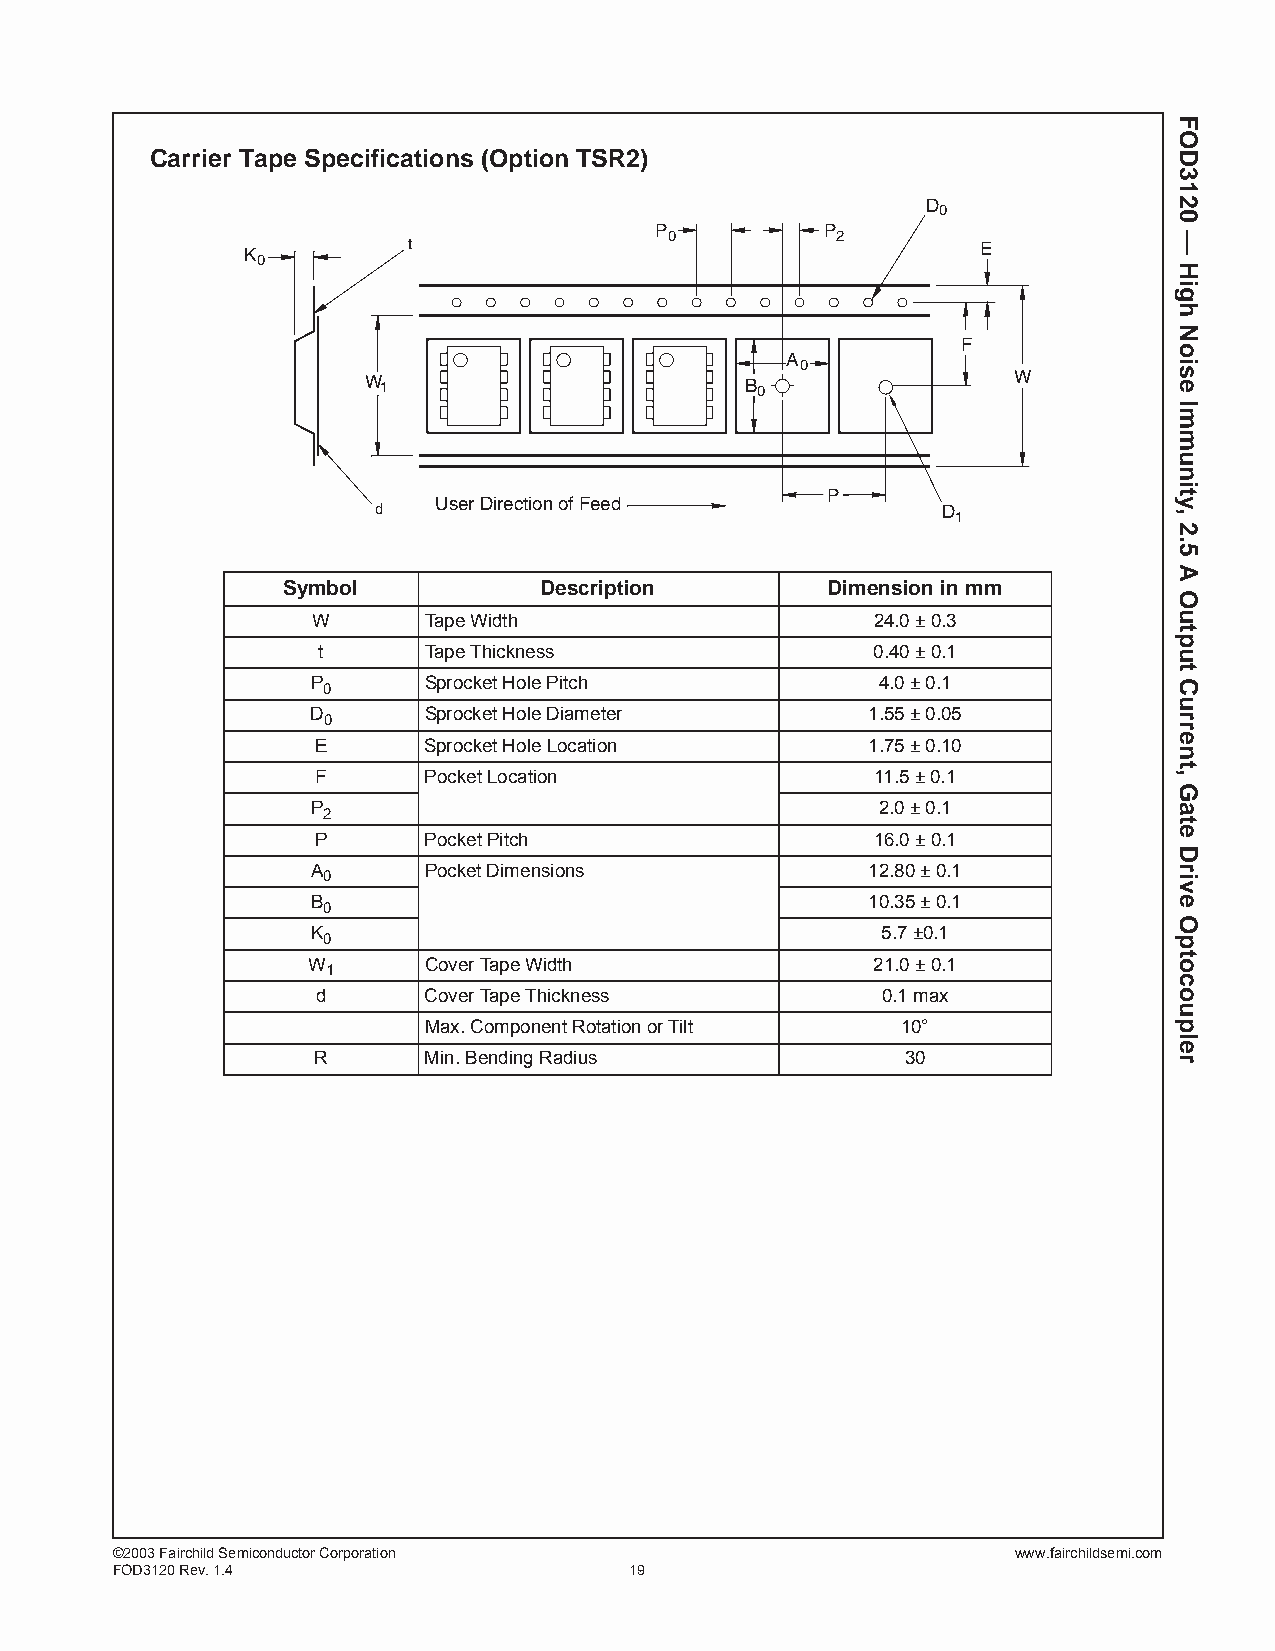
Carrier Tape Specifications (Option TSR2)
 D
 0
 P           P
 0          2
 t                                     E
 K
 0
 F
 A
 0
 W 1                      B 0               W
 P
 UserDirectionofFeed
 d                                    D
 1
 Symbol           Description        Dimension in mm
 W      Tape Width                    24.0 ± 0.3
 t      Tape Thickness                0.40 ± 0.1
 P      Sprocket Hole Pitch           4.0 ± 0.1 0
 D      Sprocket Hole Diameter       1.55 ± 0.05
 0
 E      Sprocket Hole Location       1.75 ± 0.10
 F      Pocket Location               11.5 ± 0.1
 P                                    2.0 ± 0.1
 2
 P      Pocket Pitch                  16.0 ± 0.1
 A      Pocket Dimensions            12.80 ± 0.1
 0
 B                                   10.35 ± 0.1
 0
 K                                    5.7 ±0.1
 0
 W       Cover Tape Width              21.0 ± 0.1
 1
 d      Cover Tape Thickness          0.1 max
 Max. Component Rotation or Tilt 10°
 R      Min. Bending Radius             30
 ©2003 Fairchild Semiconductor Corporation                   www.fairchildsemi.com
 FOD3120 Rev. 1.4                   19
 FOD3120
 —
 High
 Noise
 Immunity,
 2.5
 A
 Output
 Current,
 Gate
 Drive
 Optocoupler